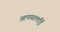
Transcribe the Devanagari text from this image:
आपयरलाईि